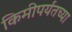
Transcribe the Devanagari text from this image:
किमीपर्यंतच्या